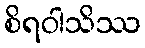
စိရဝါသိဿ